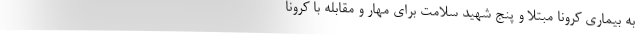
به بیماری کرونا مبتلا و پنج شهید سلامت برای مهار و مقابله با کرونا